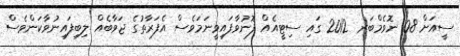
ސީއަށް 08 ނޮވެމްބަރ 2012 ގައި ސިޓީއެއް ފޮނުވާފައިވީނަމަވެސް އެފަރާތުގެ ޖަވާބެއް ލިބިފައިނުވާކަންވެސް